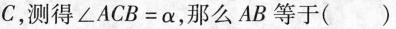
C，测得$$\angle ACB=\alpha $$，那么AB等于( )